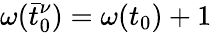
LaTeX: \omega(\bar{t}_{0}^{\nu})=\omega(t_{0})+1